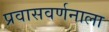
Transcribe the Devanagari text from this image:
प्रवासवर्णनाला